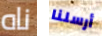
ناه أرسلنا